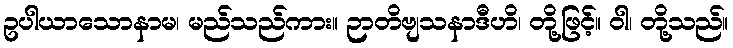
ဥပါယာသောနာမ၊ မည်သည်ကား။ ဉာတိဗျသနာဒီဟိ၊ တို့ဖြင့်။ ဝါ၊ တို့သည်။